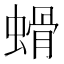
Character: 螖